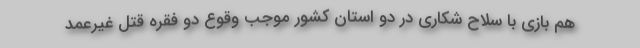
هم بازی با سلاح شکاری در دو استان کشور موجب وقوع دو فقره قتل غیرعمد